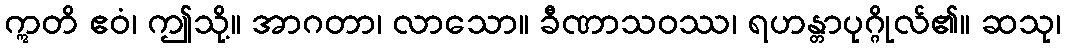
ဣတိ ဧဝံ၊ ဤသို့။ အာဂတာ၊ လာသော။ ခီဏာသဝဿ၊ ရဟန္တာပုဂ္ဂိုလ်၏။ ဆသု၊